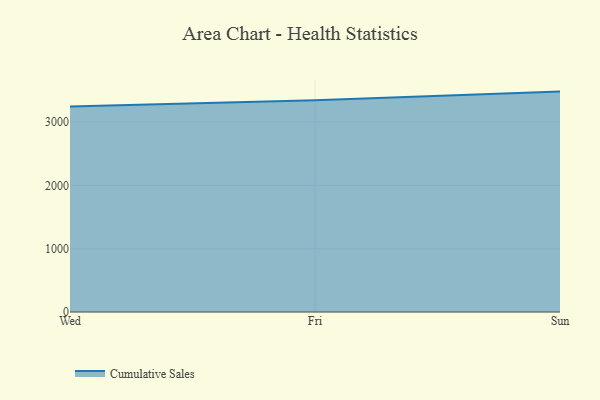
{"axis": {"x": "Day", "y": "Website Visitors"}, "legend": ["Cumulative Sales"], "data": [{"x": "Wed", "y": 3244.4, "type": "Cumulative Sales"}, {"x": "Fri", "y": 3342.9, "type": "Cumulative Sales"}, {"x": "Sun", "y": 3479.4, "type": "Cumulative Sales"}]}